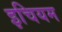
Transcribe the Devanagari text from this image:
इचियम